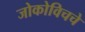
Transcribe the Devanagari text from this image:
जोकोविचचे